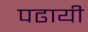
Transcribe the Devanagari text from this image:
पढायी